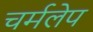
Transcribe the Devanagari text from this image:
चर्मलेप